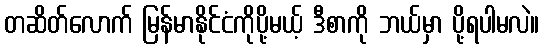
တဆိတ်လောက် မြန်မာနိုင်ငံကိုပို့မယ့် ဒီစာကို ဘယ်မှာ ပို့ရပါမလဲ။